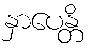
နှာပေန္တိ